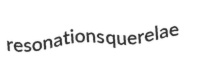
resonations querelae